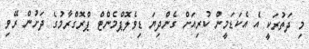
މި ދަތުރަކީ އެ އެކަޑަމީން ކުރިއަށް ގެންދިޔަ ޑިވެލޮޕްމެންޓް ޕްރޮގްރާމުގެ ދަށުން ރޭވި